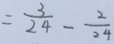
= \frac { 3 } { 2 4 } - \frac { 2 } { 2 4 }